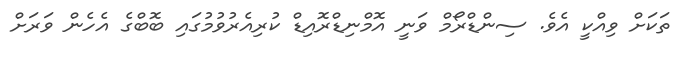
ތަކަށް ވިއްކީ އެވެ. ސިންޑްރޯމް ވަނީ އޮމްނިޑްރޮއިޑް ކުރިއެރުވުމުގައި ބޮބްގެ އެހެން ވަރަށް